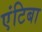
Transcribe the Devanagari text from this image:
एंटिबा